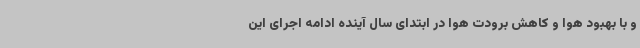
و با بهبود هوا و کاهش برودت هوا در ابتدای سال آینده ادامه اجرای این